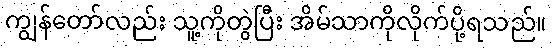
ကျွန်တော်လည်း သူ့ကိုတွဲပြီး အိမ်သာကိုလိုက်ပို့ရသည်။